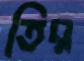
তির